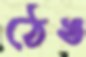
ঠেঙ